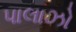
પાલાઝો